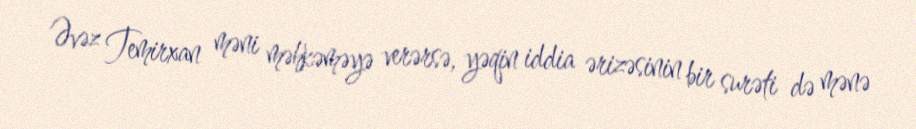
Əvəz Temirxan məni məhkəməyə verərsə, yəqin iddia ərizəsinin bir surəti də mənə